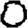
Digit: 0